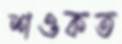
শওকত